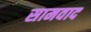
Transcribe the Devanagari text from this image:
सामवाद